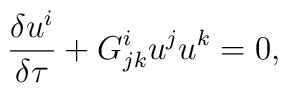
\frac{\delta u^i}{\delta \tau}  + G^i_{jk}u^j u^k=0,